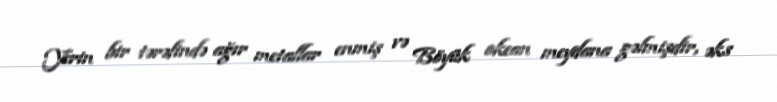
Yerin bir tərəfində ağır metallar enmiş və Böyük okean meydana gəlmişdir, əks